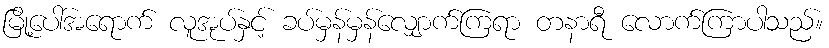
မြို့ပေါ်အရောက် လူအုပ်နှင့် ခပ်မှန်မှန်လျှောက်ကြရာ တနာရီ လောက်ကြာပါသည်။